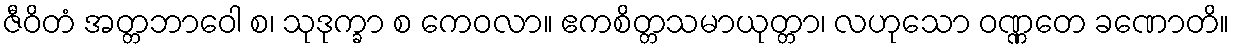
ဇီဝိတံ အတ္တဘာဝေါ စ၊ သုဒုက္ခာ စ ကေဝလာ။ ဧကစိတ္တသမာယုတ္တာ၊ လဟုသော ဝဏ္ဏတေ ခဏောတိ။